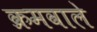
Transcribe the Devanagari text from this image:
क्रमवाले